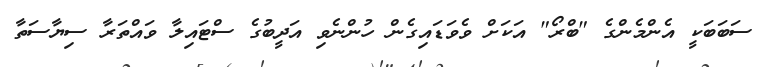
ސަބަބަކީ އެންމެންގެ "ބްރޯ" އަކަށް ވެވަޑައިގެން ހުންނެވި އަދީބުގެ ސްޓައިލާ ވައްތަރާ ސިޔާސަތާ